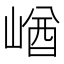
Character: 崷